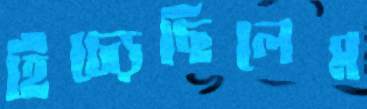
হিঁচ্‌ড়েছিলেম